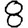
Digit: 8